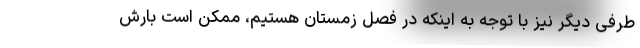
طرفی دیگر نیز با توجه به اینکه در فصل زمستان هستیم، ممکن است بارش